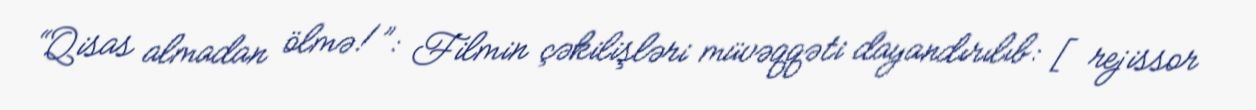
“Qisas almadan ölmə!”: Filmin çəkilişləri müvəqqəti dayandırılıb: [rejissor